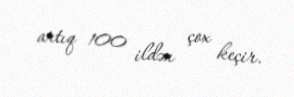
artıq 100 ildən çox keçir.